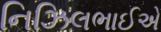
નિઝિલભાઈએ